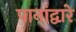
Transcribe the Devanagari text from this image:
पानांद्वारे